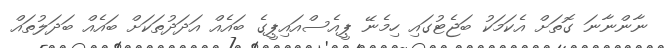
ނާންނާނަ ގޮތަށް އެކަމަކު ބަޖެޓުގައި ހިމެނޭ ޕީއެސްއައިޕީގެ ބައެއް އަދަދުތަކަށް ބައެއް ބަދަލުތައް